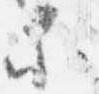
等